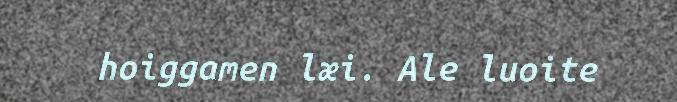
hoiggamen læi. Ale luoite